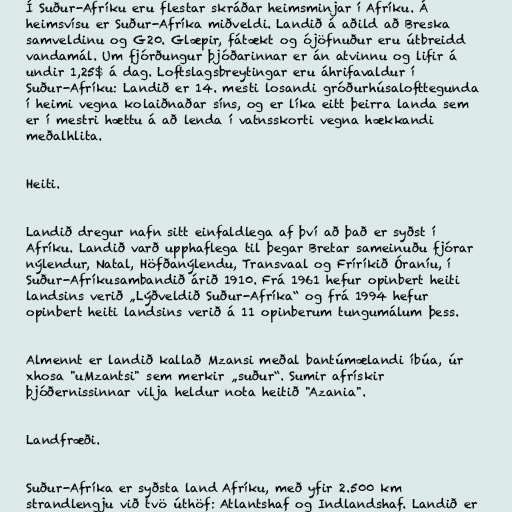
Í Suður-Afríku eru flestar skráðar heimsminjar í Afríku. Á
heimsvísu er Suður-Afríka miðveldi. Landið á aðild að Breska
samveldinu og G20. Glæpir, fátækt og ójöfnuður eru útbreidd
vandamál. Um fjórðungur þjóðarinnar er án atvinnu og lifir á
undir 1,25$ á dag. Loftslagsbreytingar eru áhrifavaldur í
Suður-Afríku: Landið er 14. mesti losandi gróðurhúsalofttegunda
í heimi vegna kolaiðnaðar síns, og er líka eitt þeirra landa sem
er í mestri hættu á að lenda í vatnsskorti vegna hækkandi
meðalhlita.

Heiti.

Landið dregur nafn sitt einfaldlega af því að það er syðst í
Afríku. Landið varð upphaflega til þegar Bretar sameinuðu fjórar
nýlendur, Natal, Höfðanýlendu, Transvaal og Fríríkið Óraníu, í
Suður-Afríkusambandið árið 1910. Frá 1961 hefur opinbert heiti
landsins verið „Lýðveldið Suður-Afríka“ og frá 1994 hefur
opinbert heiti landsins verið á 11 opinberum tungumálum þess.

Almennt er landið kallað Mzansi meðal bantúmælandi íbúa, úr
xhosa "uMzantsi" sem merkir „suður“. Sumir afrískir
þjóðernissinnar vilja heldur nota heitið "Azania".

Landfræði.

Suður-Afríka er syðsta land Afríku, með yfir 2.500 km
strandlengju við tvö úthöf: Atlantshaf og Indlandshaf. Landið er